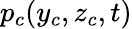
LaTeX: p_{c}(y_{c},z_{c},t)